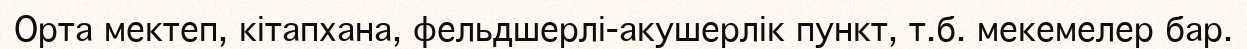
Орта мектеп, кітапхана, фельдшерлі-акушерлік пункт, т.б. мекемелер бар.